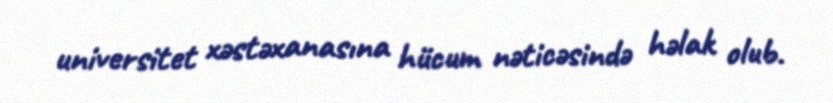
universitet xəstəxanasına hücum nəticəsində həlak olub.